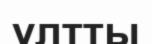
үлтты